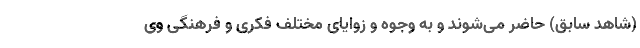
(شاهد سابق) حاضر می‌شوند و به وجوه و زوایای مختلف فکری و فرهنگی وی